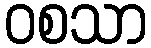
ဝစသာ